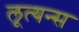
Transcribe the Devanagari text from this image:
लूत्यन्स